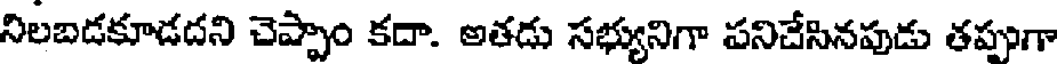
నిలబడకూడదని చెప్పాం కదా. అతడు సభ్యునిగా పనిచేసినపుడు తప్పుగా